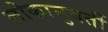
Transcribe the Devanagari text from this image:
लोकानुवर्ती